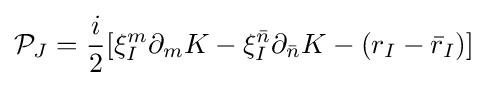
{\mathcal {P}}_{J}={\frac {i}{2}}[\xi _{I}^{m}\partial _{m}K-\xi _{I}^{\bar {n}}\partial _{\bar {n}}K-(r_{I}-{\bar {r}}_{I})]